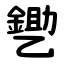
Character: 㐥